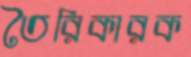
তৈরিকারক